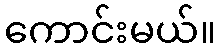
ကောင်းမယ်။